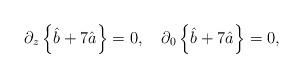
LaTeX: \begin{align*}\partial_z\left\{\hat{b}+7\hat{a}\right\} =0 , \quad \partial_0\left\{\hat{b}+7\hat{a}\right\} =0 ,\end{align*}